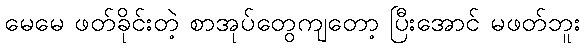
မေမေ ဖတ်ခိုင်းတဲ့ စာအုပ်တွေကျတော့ ပြီးအောင် မဖတ်ဘူး